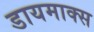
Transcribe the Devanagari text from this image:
डायमाक्स